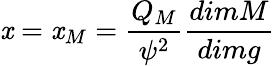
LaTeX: \mathit{x}=\mathit{x}_{M}=\frac{{Q_{M}}}{{{\psi}^{2}}}\frac{{dimM}}{{dimg}}